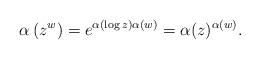
\begin{align*}\alpha\left(z^w \right) = e^{ \alpha\left(\log z \right) \alpha(w)} = \alpha(z)^{\alpha(w)}. \end{align*}